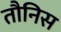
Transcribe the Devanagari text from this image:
तौनिस